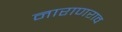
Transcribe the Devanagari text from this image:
नाराणराव